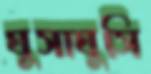
ঘুসাঘুসি